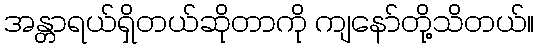
အန္တာရယ်ရှိတယ်ဆိုတာကို ကျနော်တို့သိတယ်။